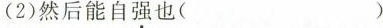
(2)然后能自强也( )